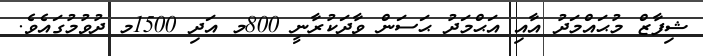
ޝިފާޒް މުޙައްމަދު އާއި އަޙްމަދު ޙަސަން ވާދަކުރާނީ 800މ އަދި 1500މ ދުވުމުގައެވެ.